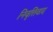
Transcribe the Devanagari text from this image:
निवृत्तिवाद